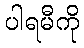
ပါရမီကို